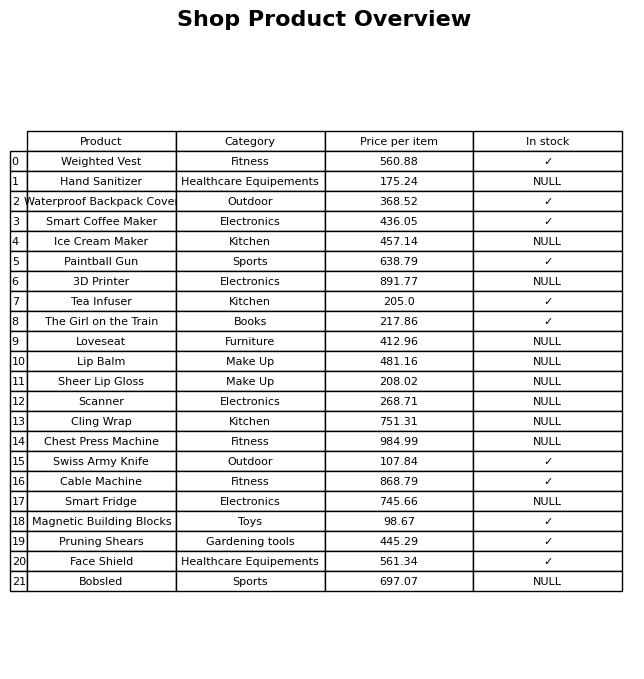
question: What is the price for Smart Coffee Maker?
answer: The price of Smart Coffee Maker is 436.05.